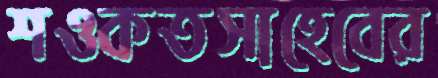
শওকতসাহেবের